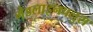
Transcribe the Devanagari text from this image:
मेडलाइनपलुस